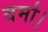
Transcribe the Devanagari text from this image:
वर्मा।